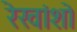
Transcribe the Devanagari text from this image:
रेखांशो